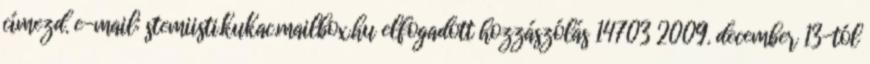
címezd. e-mail: stemiisti.kukac.mailbox.hu elfogadott hozzászólás 14703 2009. december 13-tól